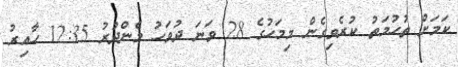
ކަމަށް ތުހުމަތު ކުރެވިގެން މިމަހުގެ 28 ވަނަ ދުވަހު މެންދުރު 12:35 ހާއިރު